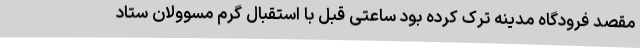
مقصد فرودگاه مدینه ترک کرده بود ساعتی قبل با استقبال گرم مسوولان ستاد